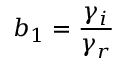
b _ { 1 } = \frac { \gamma _ { i } } { \gamma _ { r } }